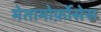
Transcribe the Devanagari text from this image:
मेतामोर्फ़ोसेस